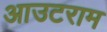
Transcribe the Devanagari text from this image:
आउटराम